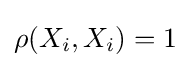
\rho (X_{i},X_{i})=1